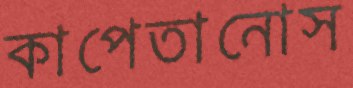
কাপেতানোস